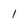
Character: 1